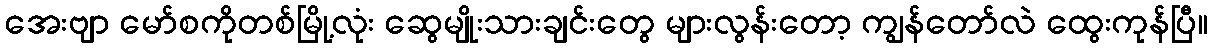
အေးဗျာ မော်စကိုတစ်မြို့လုံး ဆွေမျိုးသားချင်းတွေ များလွန်းတော့ ကျွန်တော်လဲ ထွေးကုန်ပြီ။